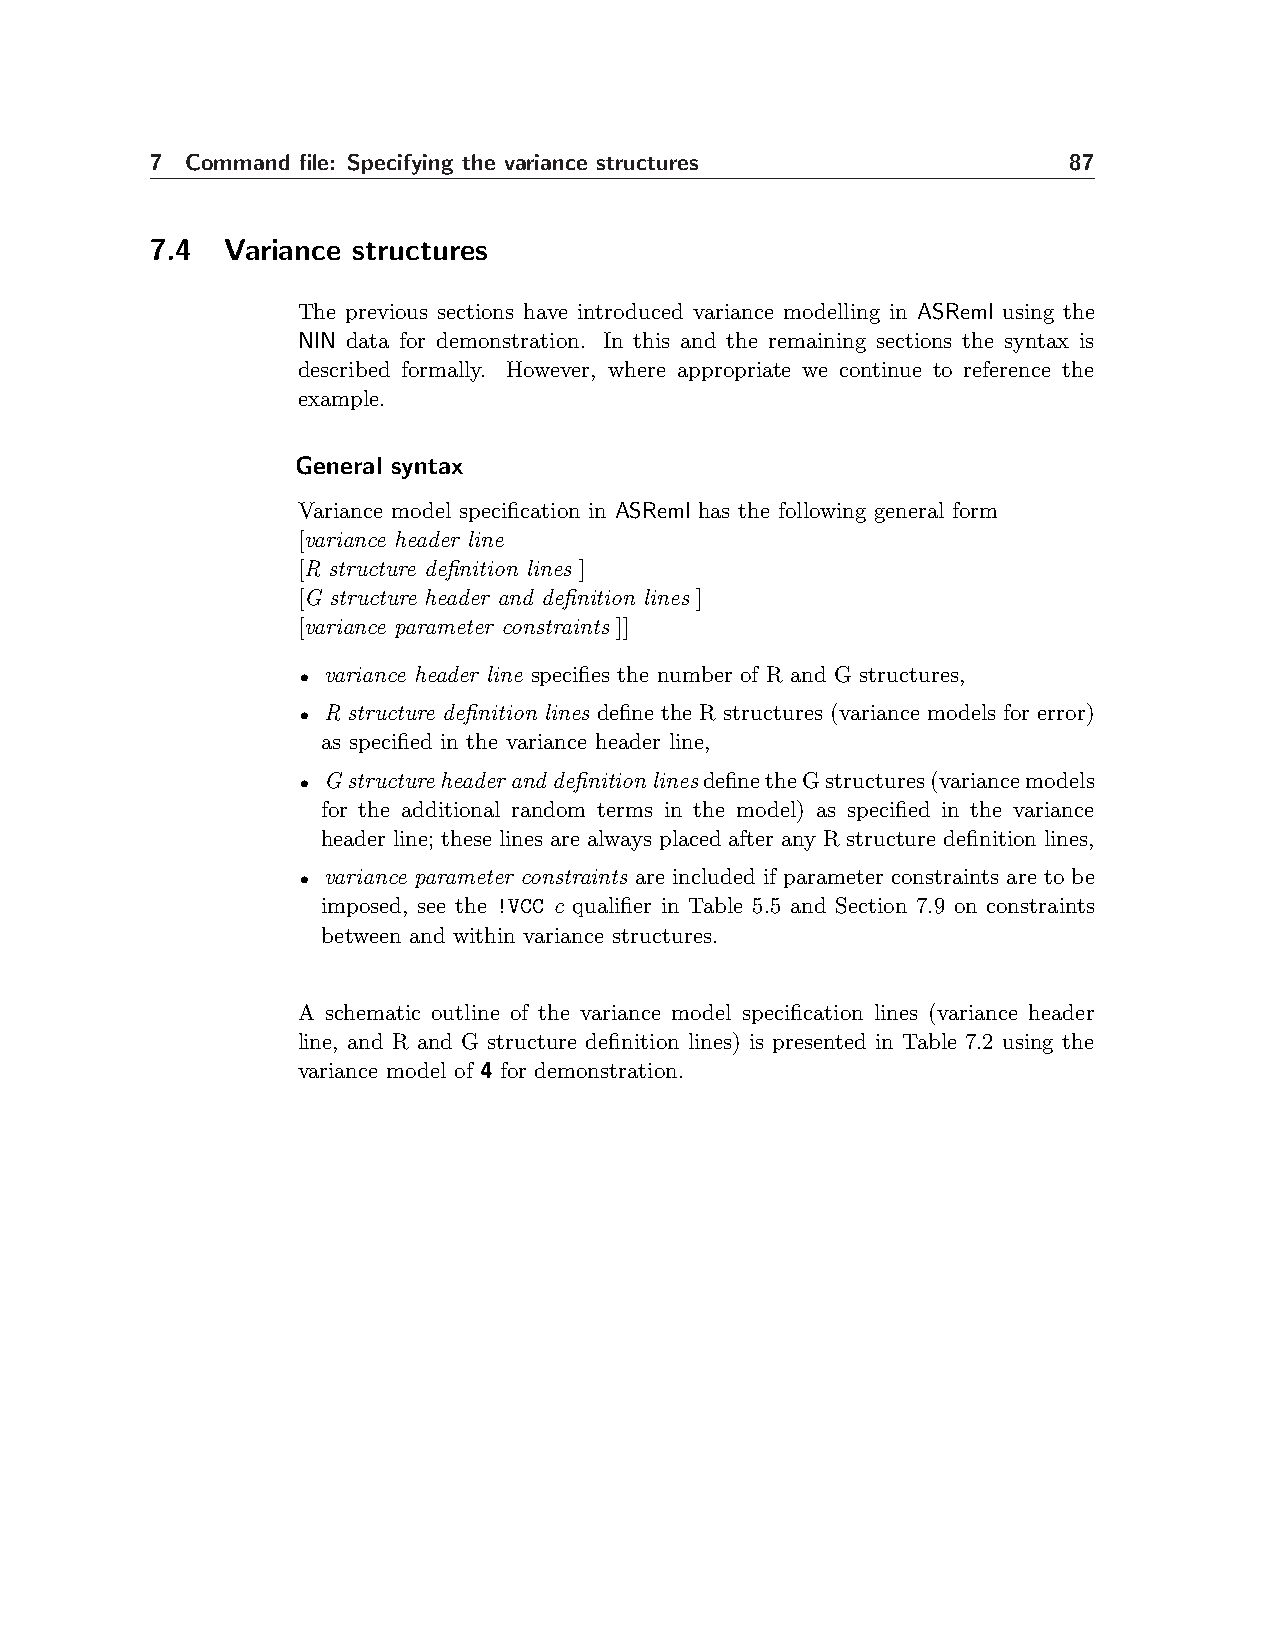
7 Command file: Specifying the variance structures           87
 7.4  Variance structures
 The previous sections have introduced variance modelling in ASReml using the
 NIN data for demonstration. In this and the remaining sections the syntax is
 described formally. However, where appropriate we continue to reference the
 example.
 General syntax
 Variance model specification in ASReml has the following general form
 [variance header line
 [R structure definition lines ]
 [G structure header and definition lines ]
 [variance parameter constraints ]]
 • variance header line specifies the number of R and G structures,
 • R structure definition lines define the R structures (variance models for error)
 as specified in the variance header line,
 • GstructureheaderanddefinitionlinesdefinetheGstructures(variancemodels
 for the additional random terms in the model) as specified in the variance
 header line; these lines are always placed after any R structure definition lines,
 • variance parameter constraints are included if parameter constraints are to be
 imposed, see the !VCC c qualifier in Table 5.5 and Section 7.9 on constraints
 between and within variance structures.
 A schematic outline of the variance model specification lines (variance header
 line, and R and G structure definition lines) is presented in Table 7.2 using the
 variance model of 4 for demonstration.